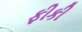
ફીકી